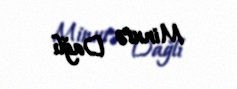
Minurə Dağlı